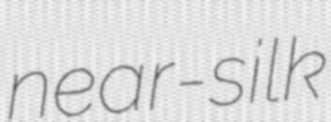
near-silk